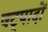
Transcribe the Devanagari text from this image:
षट्पादों